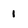
Character: 1